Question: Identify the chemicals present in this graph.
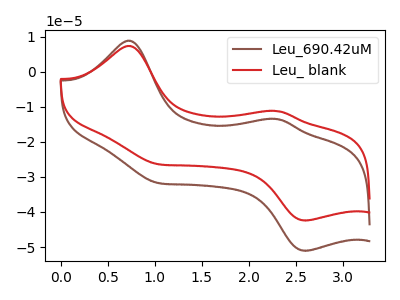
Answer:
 <answer>The brown curve is labeled "Leu_690.42uM". The red curve is labeled "Leu_ blank".</answer>
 <eval></eval>